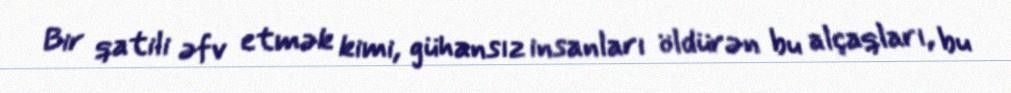
Bir qatili əfv etmək kimi, gühansız insanları öldürən bu alçaqları, bu